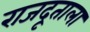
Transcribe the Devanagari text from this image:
राजदूताला